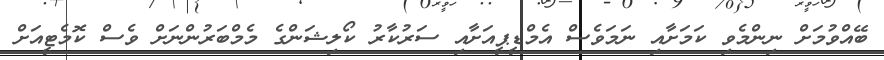
ބޭއްވުމަށް ނިންމެވި ކަމަށާއި ނަމަވެސް އެމްޑީޕީއަށާއި ސަރުކާރު ކޯލިޝަންގެ މެމްބަރުންނަށް ވެސް ކޮމެޓީއަށް